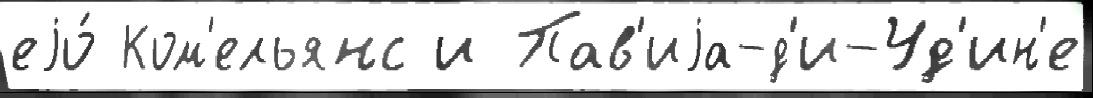
еjо́ Ком'ельянс и Пав'иjа-д'и-Уд'ин'е